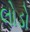
લોડો